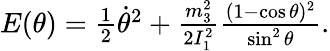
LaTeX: \begin{array}{r}{E(\theta)=\frac 12\dot{\theta}^{2}+\frac{m_{3}^{2}}{2I_{1}^{2}}\frac{(1-\cos\theta)^{2}}{\sin^{2}\theta}.}\end{array}